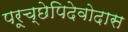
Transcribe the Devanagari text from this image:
परूच्छेपिदेवोदास